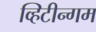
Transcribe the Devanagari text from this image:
व्हिटीन्गम